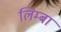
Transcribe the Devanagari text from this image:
लिम्बा